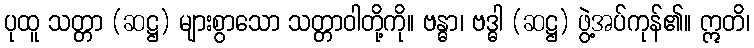
ပုထူ သတ္တာ (ဆဋ္ဌ) များစွာသော သတ္တာဝါတို့ကို။ ဗန္ဓာ၊ ဗဒ္ဓါ (ဆဋ္ဌ) ဖွဲ့အပ်ကုန်၏။ ဣတိ၊